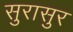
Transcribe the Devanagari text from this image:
सुरासुर